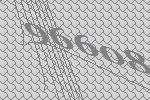
96608